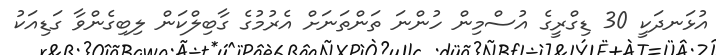
އުޅަނދަކީ 30 ޑިގްރީގެ އުސްމިން ހުންނަ ތަންތަނަށް އެރުމުގެ ގާބިލްކަން ލިބިގެންވާ ގަޑިއަކު